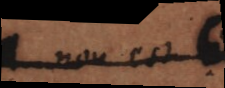
non est